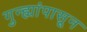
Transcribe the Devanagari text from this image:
गुन्ह्यांपासून